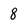
Character: 8